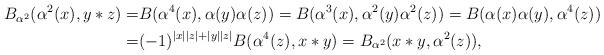
LaTeX: \begin{align*}B_{\alpha^{2}}(\alpha^{2}(x),y\ast z)=&B(\alpha^{4}(x),\alpha(y)\alpha(z))=B(\alpha^{3}(x),\alpha^{2}(y)\alpha^{2}(z))=B(\alpha(x)\alpha(y),\alpha^{4}(z))\\=&(-1)^{|x||z|+|y||z|}B(\alpha^{4}(z),x\ast y)=B_{\alpha^{2}}(x\ast y,\alpha^{2}(z)),\end{align*}